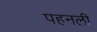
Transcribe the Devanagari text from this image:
पहनली